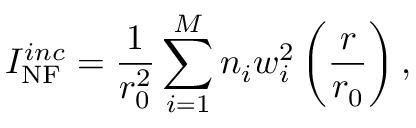
I _ { \mathrm { N F } } ^ { i n c } = \frac { 1 } { r _ { 0 } ^ { 2 } } \sum _ { i = 1 } ^ { M } n _ { i } w _ { i } ^ { 2 } \left( \frac { r } { r _ { 0 } } \right) ,